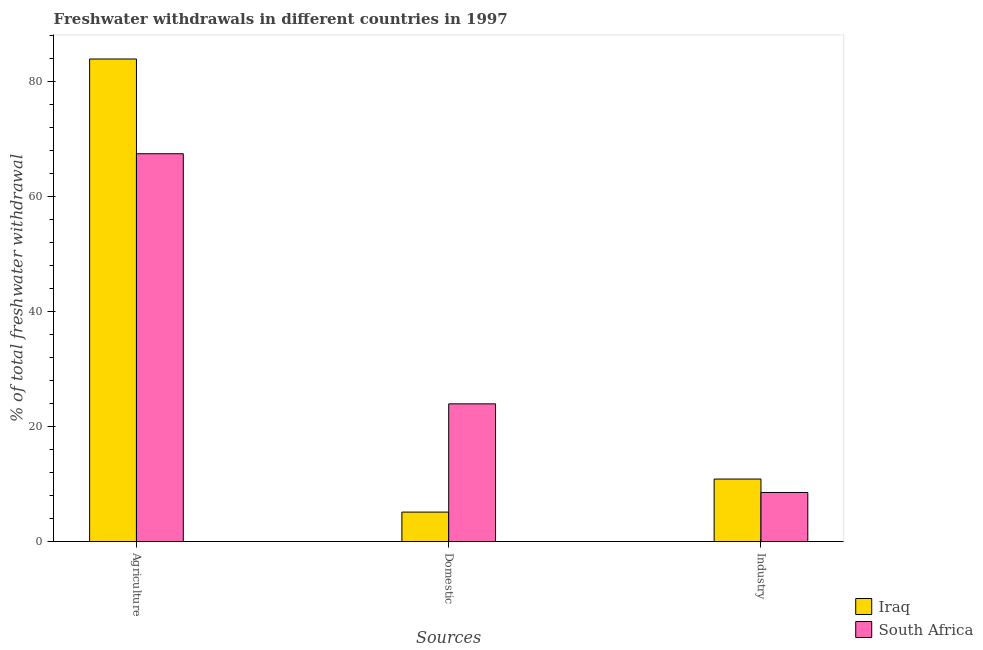
| Sources | Iraq | South Africa |
 | --- | --- | --- |
 | Agriculture | 84 | 67.5 |
 | Domestic | 5.13 | 24 |
 | Industry | 10.9 | 8.54 |